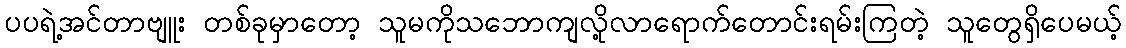
ပပရဲ့အင်တာဗျူး တစ်ခုမှာတော့ သူမကိုသဘောကျလို့လာရောက်တောင်းရမ်းကြတဲ့ သူတွေရှိပေမယ့်